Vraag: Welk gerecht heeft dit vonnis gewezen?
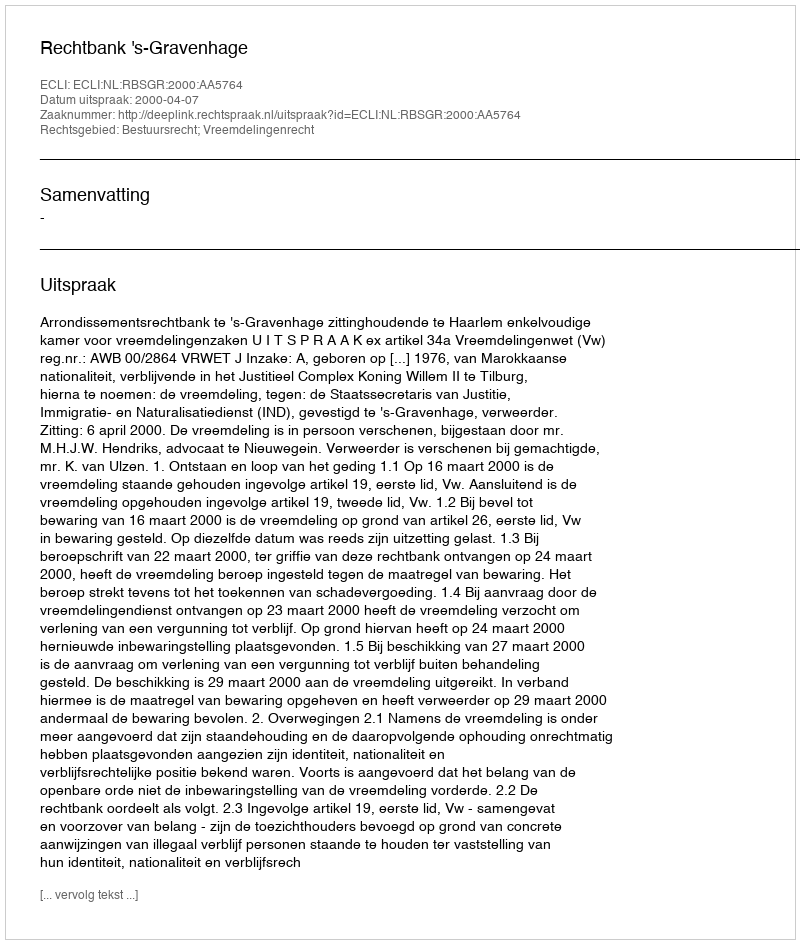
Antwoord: Rechtbank 's-Gravenhage